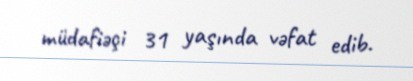
müdafiəçi 31 yaşında vəfat edib.